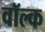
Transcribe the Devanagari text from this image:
वॉल्क